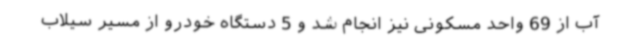
آب از 69 واحد مسکونی نیز انجام شد و 5 دستگاه خودرو از مسیر سیلاب